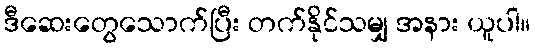
ဒီဆေးတွေသောက်ပြီး တက်နိုင်သမျှ အနား ယူပါ။